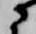
に